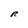
Character: R